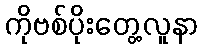
ကိုဗစ်ပိုးတွေ့လူနာ